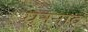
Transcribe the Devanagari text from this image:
घननाद